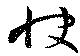
快